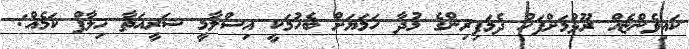
ކައިވެންޏެއް ރޫޅުމަށްފަހު ދެމަފިރިންގެ މުދާ ހަމަޔަށް ބެހުމަކީ އިސްލާމީ ޝަރީއަތާ ޚިލާފް ކަމެއް: